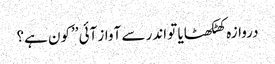
دروازہ کھٹکھٹایا تو اندر سے آواز آئی ’’کون ہے؟